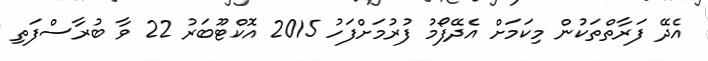
އެދޭ ފަރާތްތަކުން މިކަމަށް އެދޭފޯމު ފުރުމަށްފަހު 2015 އޮކްޓޫބަރު 22 ވާ ބުރާސްފަތި